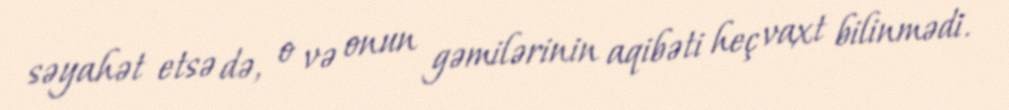
səyahət etsə də, o və onun gəmilərinin aqibəti heç vaxt bilinmədi.